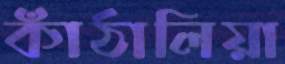
কাঁঠালিয়া